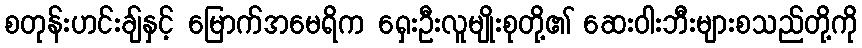
စတုန်းဟင်းချ်နှင့် မြောက်အမေရိက ရှေးဦးလူမျိုးစုတို့၏ ဆေးဝါးဘီးများစသည်တို့ကို